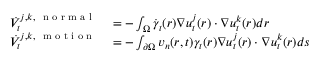
\begin{array} { r l } { \dot { V } _ { t } ^ { j , k , \mathrm { ~ \scriptsize ~ n ~ o ~ r ~ m ~ a ~ l ~ } } } & { { } = - \int _ { \Omega } \dot { \gamma } _ { t } ( \boldsymbol r ) \nabla u _ { t } ^ { j } ( \boldsymbol r ) \cdot \nabla u _ { t } ^ { k } ( \boldsymbol r ) d \boldsymbol r } \\ { \dot { V } _ { t } ^ { j , k , \mathrm { ~ \scriptsize ~ m ~ o ~ t ~ i ~ o ~ n ~ } } } & { { } = - \int _ { \partial \Omega } \boldsymbol v _ { n } ( \boldsymbol r , t ) \gamma _ { t } ( \boldsymbol r ) \nabla u _ { t } ^ { j } ( \boldsymbol r ) \cdot \nabla u _ { t } ^ { k } ( \boldsymbol r ) d s } \end{array}